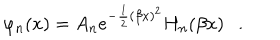
LaTeX: \varphi _ { n } ( x ) = A _ { n } e ^ { - \frac { 1 } { 2 } ( \beta x ) ^ { 2 } } H _ { n } ( \beta x ) \ \ \ .